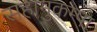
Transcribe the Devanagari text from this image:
सहानुकम्पा